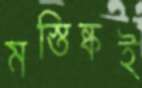
মস্তিষ্কই